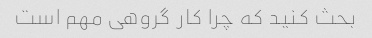
بحث کنید که چرا کار گروهی مهم است